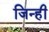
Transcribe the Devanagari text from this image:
जिन्ही